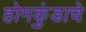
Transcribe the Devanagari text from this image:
होमकुंडाचे